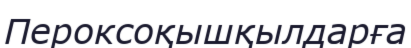
Пероксоқышқылдарға